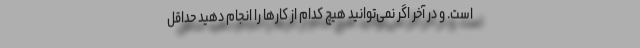
است. و در آخر اگر نمی‌توانید هیچ کدام از کارها را انجام دهید حداقل